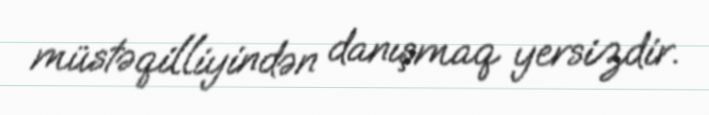
müstəqilliyindən danışmaq yersizdir.